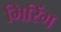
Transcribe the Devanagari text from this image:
मिरिंग